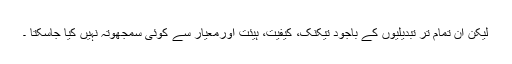
لیکن ان تمام تر تبدیلیوں کے باجود تیکنک، کیفیت، ہیئت اورمعیار سے کوئی سمجھوتہ نہیں کیا جاسکتا ۔